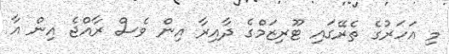
މި އަހަރުގެ ތެރޭގައި ޓޫރިޒަމްގެ ދާއިރާ އިން ވެސް ރާއްޖެ އިން އާ